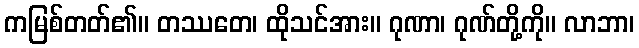
ကမြစ်တတ်၏။ တဿတေ၊ ထိုသင်အား။ ဂုဏာ၊ ဂုဏ်တို့ကို။ လာဘာ၊